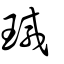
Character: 瑊